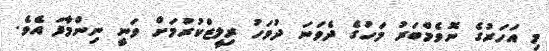
މި އަހަރުގެ ނޮވެމްބަރު މަހުގެ ދެވަނަ ދުވަހު ރިލީޒްކުރުމަށް ވަނީ ނިންމާފަ އެވެ.